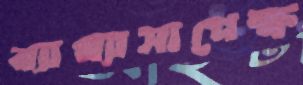
ব্যাখ্যাসাপেক্ষ